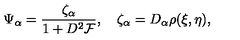
\Psi _ { \alpha } = { \frac { \zeta _ { \alpha } } { 1 + D ^ { 2 } { \cal F } } } , \quad \zeta _ { \alpha } = D _ { \alpha } \rho ( \xi , \eta ) ,